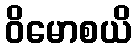
ဝိမောစယိ